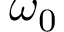
\omega _ { 0 }